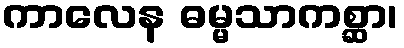
ကာလေန ဓမ္မသာကစ္ဆာ၊